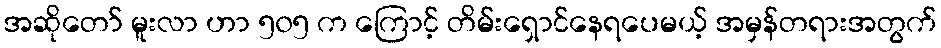
အဆိုတော် မူးလာ ဟာ ၅၀၅ က ကြောင့် တိမ်းရှောင်နေရပေမယ့် အမှန်တရားအတွက်